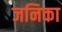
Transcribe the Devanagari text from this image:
जनिका